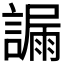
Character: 𧫞